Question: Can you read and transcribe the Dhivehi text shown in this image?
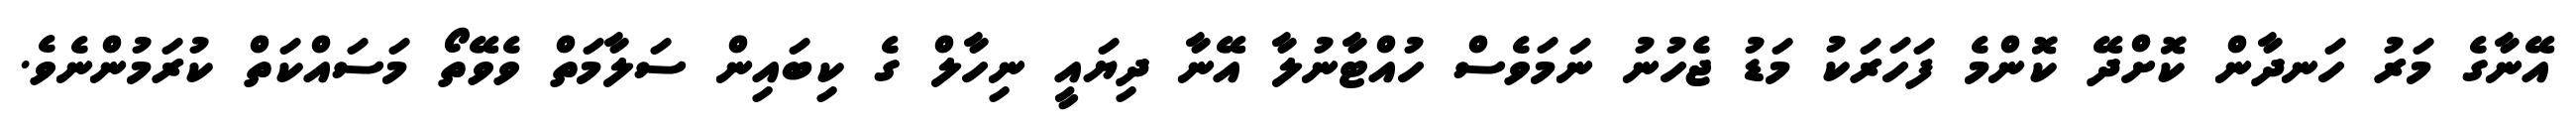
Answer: އޭނާގެ މަރު ހަނދާން ކޮށްދޭ ކޮންމެ ފަހަރަކު މަޑު ޖެހުނު ނަމަވެސް ހުއްޓާނުލާ އޭނާ ދިޔައީ ނިހާލް ގެ ކިބައިން ސަލާމަތް ވެވޭތޯ މަސައްކަތް ކުރަމުންނެވެ.